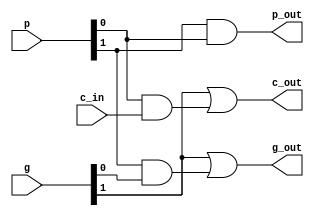
//cary lookahead icin son katmani
//c_out = g0 + p0c0 
//g_out = g1 + p1g0
//p_out = p1p0
module GP (g,p,c_in,c_out,g_out, p_out );

input  [1 : 0] g,p;
input          c_in;
output         c_out,p_out,g_out;

assign  c_out = g[1] | p[0] & c_in;
assign  g_out = g[1] | p[1] & g[0];
assign  p_out = p[1] & p[0];
endmodule